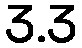
3.3